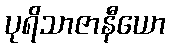
ပုရိသာဇာနီယော